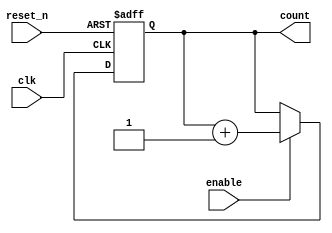
module chained_counter (
    input wire clk,          // Clock signal
    input wire reset_n,     // Active-low asynchronous reset
    input wire enable,       // Enable signal
    output reg [n-1:0] count // n-bit count output
);
    parameter n = 4; // Number of bits in the counter

    always @(posedge clk or negedge reset_n) begin
        if (!reset_n) begin
            count <= 0; // Reset counter to 0
        end else if (enable) begin
            count <= count + 1; // Increment counter
        end
    end
endmodule